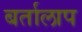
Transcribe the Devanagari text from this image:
बर्तालाप